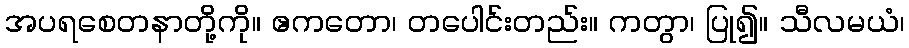
အပရစေတနာတို့ကို။ ဧကတော၊ တပေါင်းတည်း။ ကတွာ၊ ပြု၍။ သီလမယံ၊